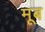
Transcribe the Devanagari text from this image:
मूब